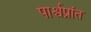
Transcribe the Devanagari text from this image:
पार्श्वप्रांत